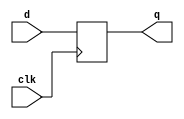
`timescale 1ns / 1ps

module d_flip_flop #
    (
        parameter N = 8
    )
    (
        input clk,
        input [N-1:0]d,
        output [N-1:0]q
    );
    reg [N-1:0]data;
    always@(posedge clk)
    begin
        data <= d;    
    end
    assign q = data;
endmodule